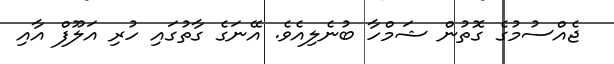
ޖެއްސުމުގެ ގޮތުން ޝަމްހާ ބުނެލިއެވެ. އޭނަގެ ގާތުގައި ހުރި އަލޫފް އާއި